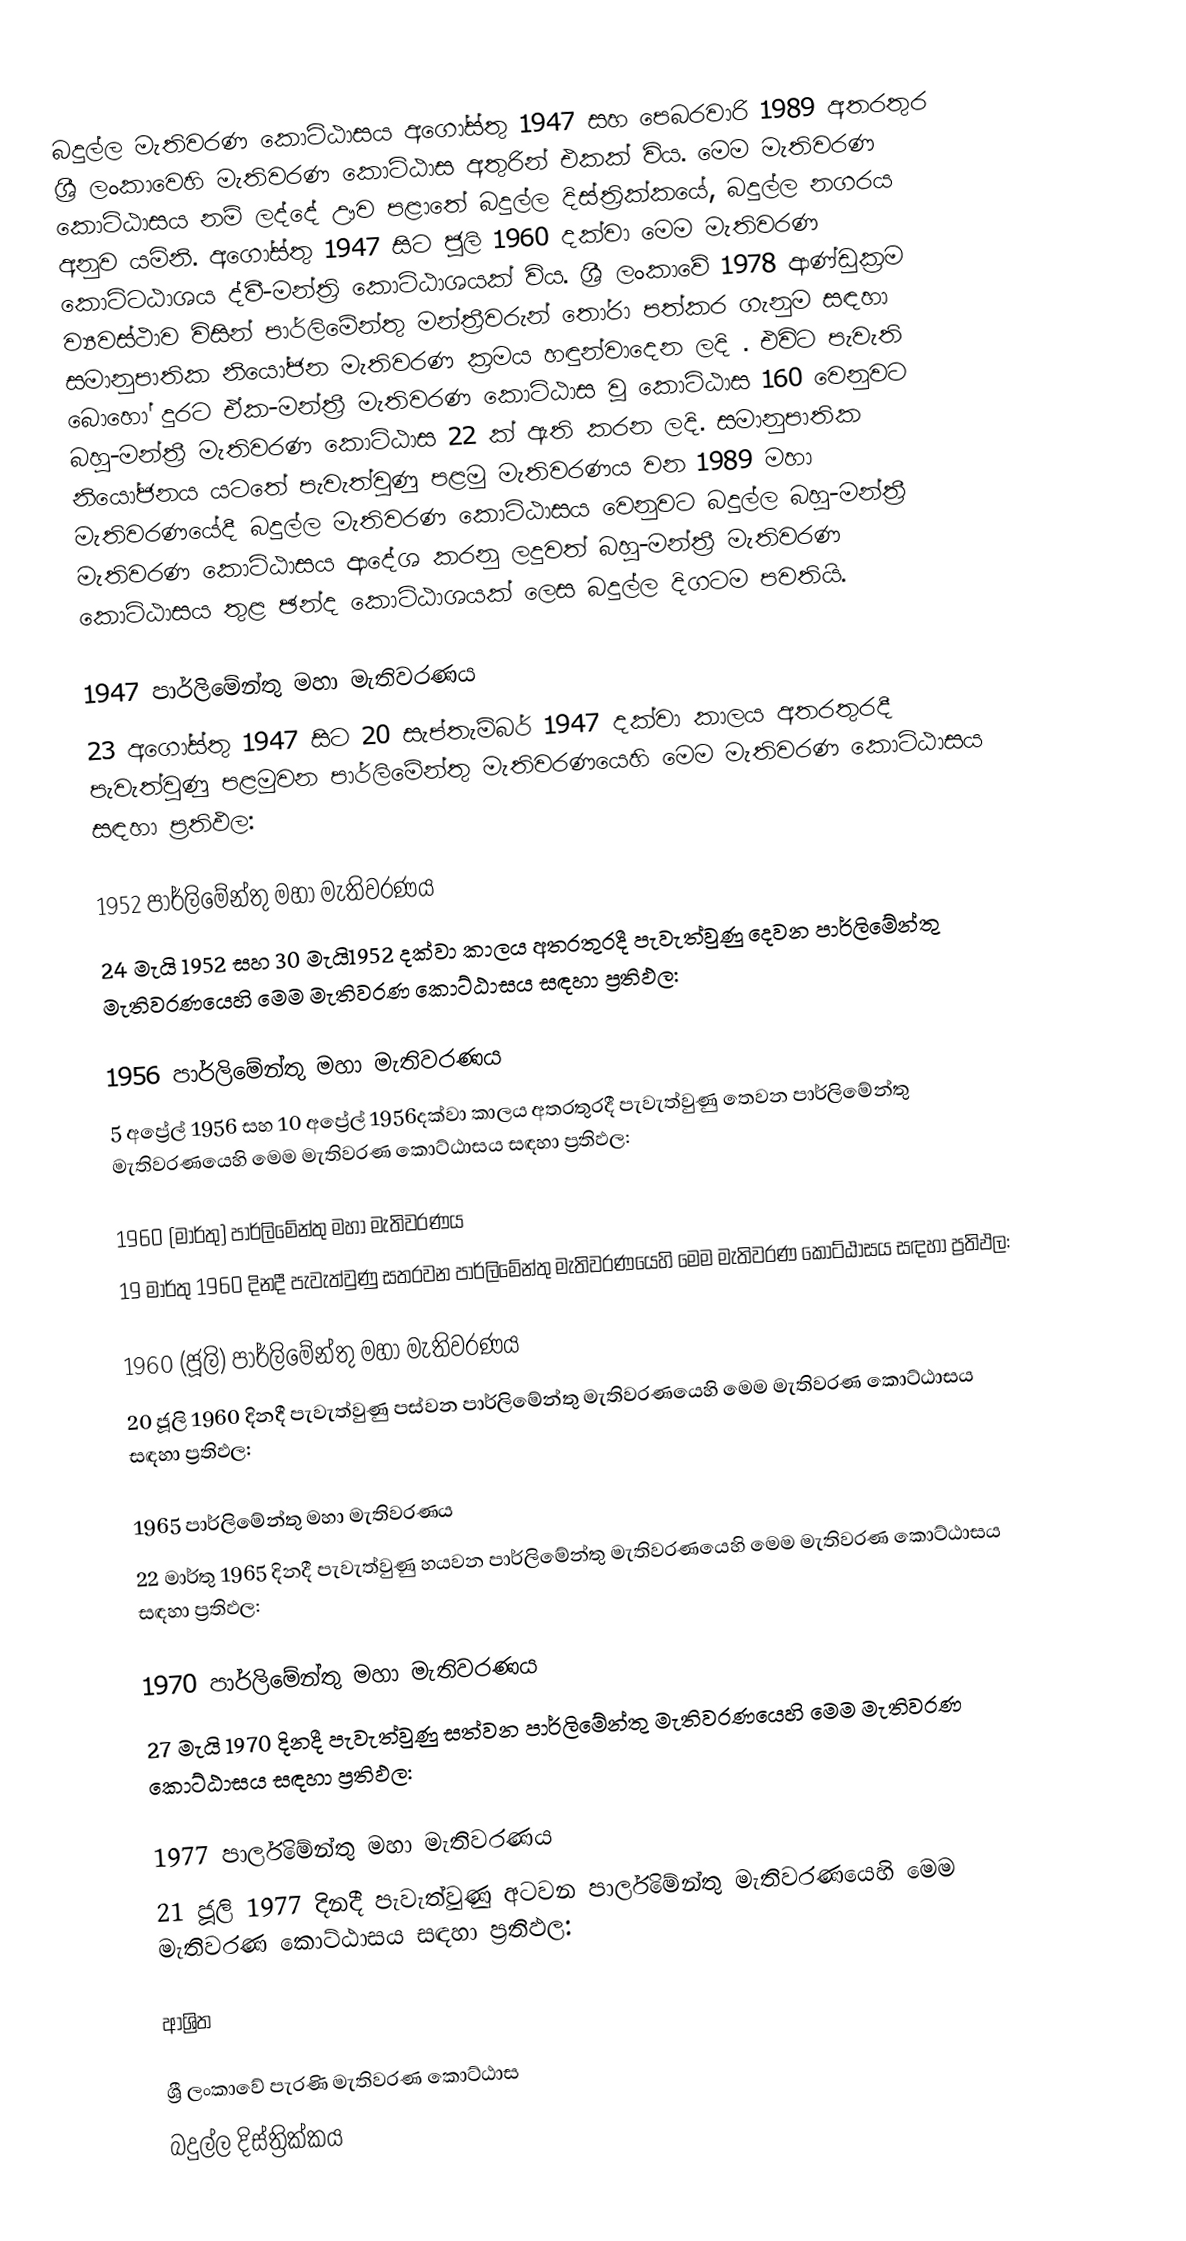
බදුල්ල මැතිවරණ කොට්ඨාසය  අගෝස්තු 1947 සහ පෙබරවාරි 1989 අතරතුර  ශ්‍රී ලංකාවෙහි  මැතිවරණ කොට්ඨාස අතුරින් එකක් විය. මෙම මැතිවරණ කොට්ඨාසය නම් ලද්දේ  ඌව පළාතේ  බදුල්ල දිස්ත්‍රික්කයේ,  බදුල්ල නගරය අනුව යමිනි. අගෝස්තු 1947 සිට  ජූලි 1960 දක්වා මෙම මැතිවරණ කොට්ටඨාශය ද්වී-මන්ත්‍රි කොට්ඨාශයක් විය. ශ්‍රී ලංකාවේ 1978 ආණ්ඩුක්‍රම ව්‍යවස්ථාව විසින්   පාර්ලිමේන්තු මන්ත්‍රීවරුන් තෝරා පත්කර ගැනුම සඳහා සමානුපාතික නියෝජන මැතිවරණ ක්‍රමය හඳුන්වාදෙන ලදි . එවිට පැවැති බොහෝ දුරට  ඒක-මන්ත්‍රී මැතිවරණ කොට්ඨාස වූ කොට්ඨාස 160 වෙනුවට බහු-මන්ත්‍රී මැතිවරණ කොට්ඨාස 22 ක් ඇති කරන ලදි. සමානුපාතික නියෝජනය යටතේ පැවැත්වුණු පළමු මැතිවරණය වන 1989 මහා මැතිවරණයේදී  බදුල්ල මැතිවරණ කොට්ඨාසය වෙනුවට  බදුල්ල බහු-මන්ත්‍රී මැතිවරණ කොට්ඨාසය  ආදේශ කරනු ලදුවත් බහු-මන්ත්‍රී මැතිවරණ කොට්ඨාසය තුළ ඡන්ද කොට්ඨාශයක් ලෙස බදුල්ල දිගටම පවතියි.

1947 පාර්ලිමේන්තු මහා මැතිවරණය
23 අගෝස්තු 1947 සිට 20 සැප්තැම්බර් 1947 දක්වා කාලය අතරතුරදී පැවැත්වුණු  පළමුවන පාර්ලිමේන්තු මැතිවරණයෙහි මෙම මැතිවරණ කොට්ඨාසය සඳහා ප්‍රතිඵල:

1952 පාර්ලිමේන්තු මහා මැතිවරණය
24 මැයි 1952 සහ 30 මැයි1952 දක්වා කාලය අතරතුරදී පැවැත්වුණු  දෙවන පාර්ලිමේන්තු මැතිවරණයෙහි මෙම මැතිවරණ කොට්ඨාසය සඳහා ප්‍රතිඵල:

1956 පාර්ලිමේන්තු මහා මැතිවරණය
5 අප්‍රේල් 1956 සහ 10 අප්‍රේල් 1956දක්වා කාලය අතරතුරදී පැවැත්වුණු  තෙවන පාර්ලිමේන්තු මැතිවරණයෙහි මෙම මැතිවරණ කොට්ඨාසය සඳහා ප්‍රතිඵල:

1960 (මාර්තු) පාර්ලිමේන්තු මහා මැතිවරණය
19 මාර්තු 1960 දිනදී පැවැත්වුණු  සතරවන පාර්ලිමේන්තු මැතිවරණයෙහි මෙම මැතිවරණ කොට්ඨාසය සඳහා ප්‍රතිඵල:

1960 (ජූලි) පාර්ලිමේන්තු මහා මැතිවරණය
20 ජූලි 1960 දිනදී පැවැත්වුණු  පස්වන පාර්ලිමේන්තු මැතිවරණයෙහි මෙම මැතිවරණ කොට්ඨාසය සඳහා ප්‍රතිඵල:

1965 පාර්ලිමේන්තු මහා මැතිවරණය
22 මාර්තු 1965  දිනදී පැවැත්වුණු  හයවන පාර්ලිමේන්තු මැතිවරණයෙහි මෙම මැතිවරණ කොට්ඨාසය සඳහා ප්‍රතිඵල:

1970 පාර්ලිමේන්තු මහා මැතිවරණය
27 මැයි 1970 දිනදී පැවැත්වුණු  සත්වන පාර්ලිමේන්තු මැතිවරණයෙහි මෙම මැතිවරණ කොට්ඨාසය සඳහා ප්‍රතිඵල:

1977 පාර්ලිමේන්තු මහා මැතිවරණය
21 ජූලි 1977 දිනදී පැවැත්වුණු  අටවන පාර්ලිමේන්තු මැතිවරණයෙහි මෙම මැතිවරණ කොට්ඨාසය සඳහා ප්‍රතිඵල:

ආශ්‍රිත

ශ්‍රී ලංකාවේ පැරණි මැතිවරණ කොට්ඨාස
 බදුල්ල දිස්ත්‍රික්කය